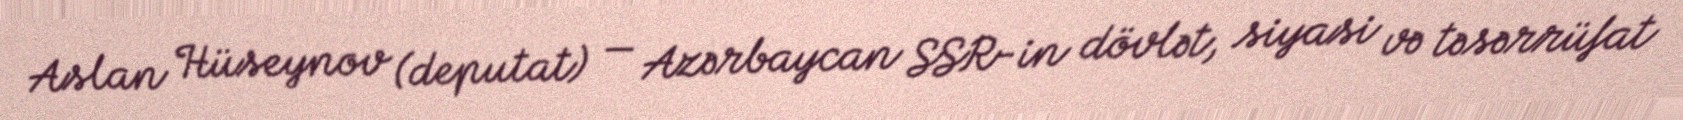
Aslan Hüseynov (deputat) — Azərbaycan SSR-in dövlət, siyasi və təsərrüfat